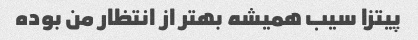
پیتزا سیب همیشه بهتر از انتظار من بوده